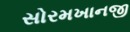
સોરમખાનજી